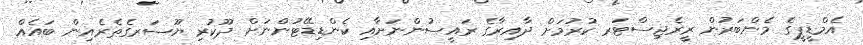
އެމްޑީޕީގެ މެންބަރުން ރީރެޖިސްޓަރ ކުރުމަށް ދާއިރާގެ ރައީސުންނަށާއި ކެންޑިޑޭޓުންނަށް ދޫކުރި ޔޫސަރގެތެރެއިން ބައެއް